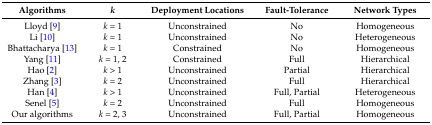
<table><thead><tr><td><b>Algorithms</b></td><td><b><i>k</i></b></td><td><b>Deployment Locations</b></td><td><b>Fault-Tolerance</b></td><td><b>Network Types</b></td></tr></thead><tbody><tr><td>Lloyd [9]</td><td><i>k</i> = 1</td><td>Unconstrained</td><td>No</td><td>Homogeneous</td></tr><tr><td>Li [10]</td><td><i>k</i> = 1</td><td>Unconstrained</td><td>No</td><td>Heterogeneous</td></tr><tr><td>Bhattacharya [13]</td><td><i>k</i> = 1</td><td>Constrained</td><td>No</td><td>Homogeneous</td></tr><tr><td>Yang [11]</td><td><i>k</i> = 1, 2</td><td>Constrained</td><td>Full</td><td>Hierarchical</td></tr><tr><td>Hao [2]</td><td><i>k</i> &gt; 1</td><td>Unconstrained</td><td>Partial</td><td>Hierarchical</td></tr><tr><td>Zhang [3]</td><td><i>k</i> = 2</td><td>Unconstrained</td><td>Full</td><td>Hierarchical</td></tr><tr><td>Han [4]</td><td><i>k</i> &gt; 1</td><td>Unconstrained</td><td>Full, Partial</td><td>Heterogeneous</td></tr><tr><td>Senel [5]</td><td><i>k</i> = 2</td><td>Unconstrained</td><td>Full</td><td>Homogeneous</td></tr><tr><td>Our algorithms</td><td><i>k</i> = 2, 3</td><td>Unconstrained</td><td>Full, Partial</td><td>Homogeneous</td></tr></tbody></table>